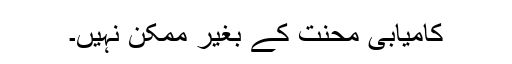
کامیابی محنت کے بغیر ممکن نہیں۔